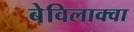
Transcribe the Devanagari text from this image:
बेविलाक्वा